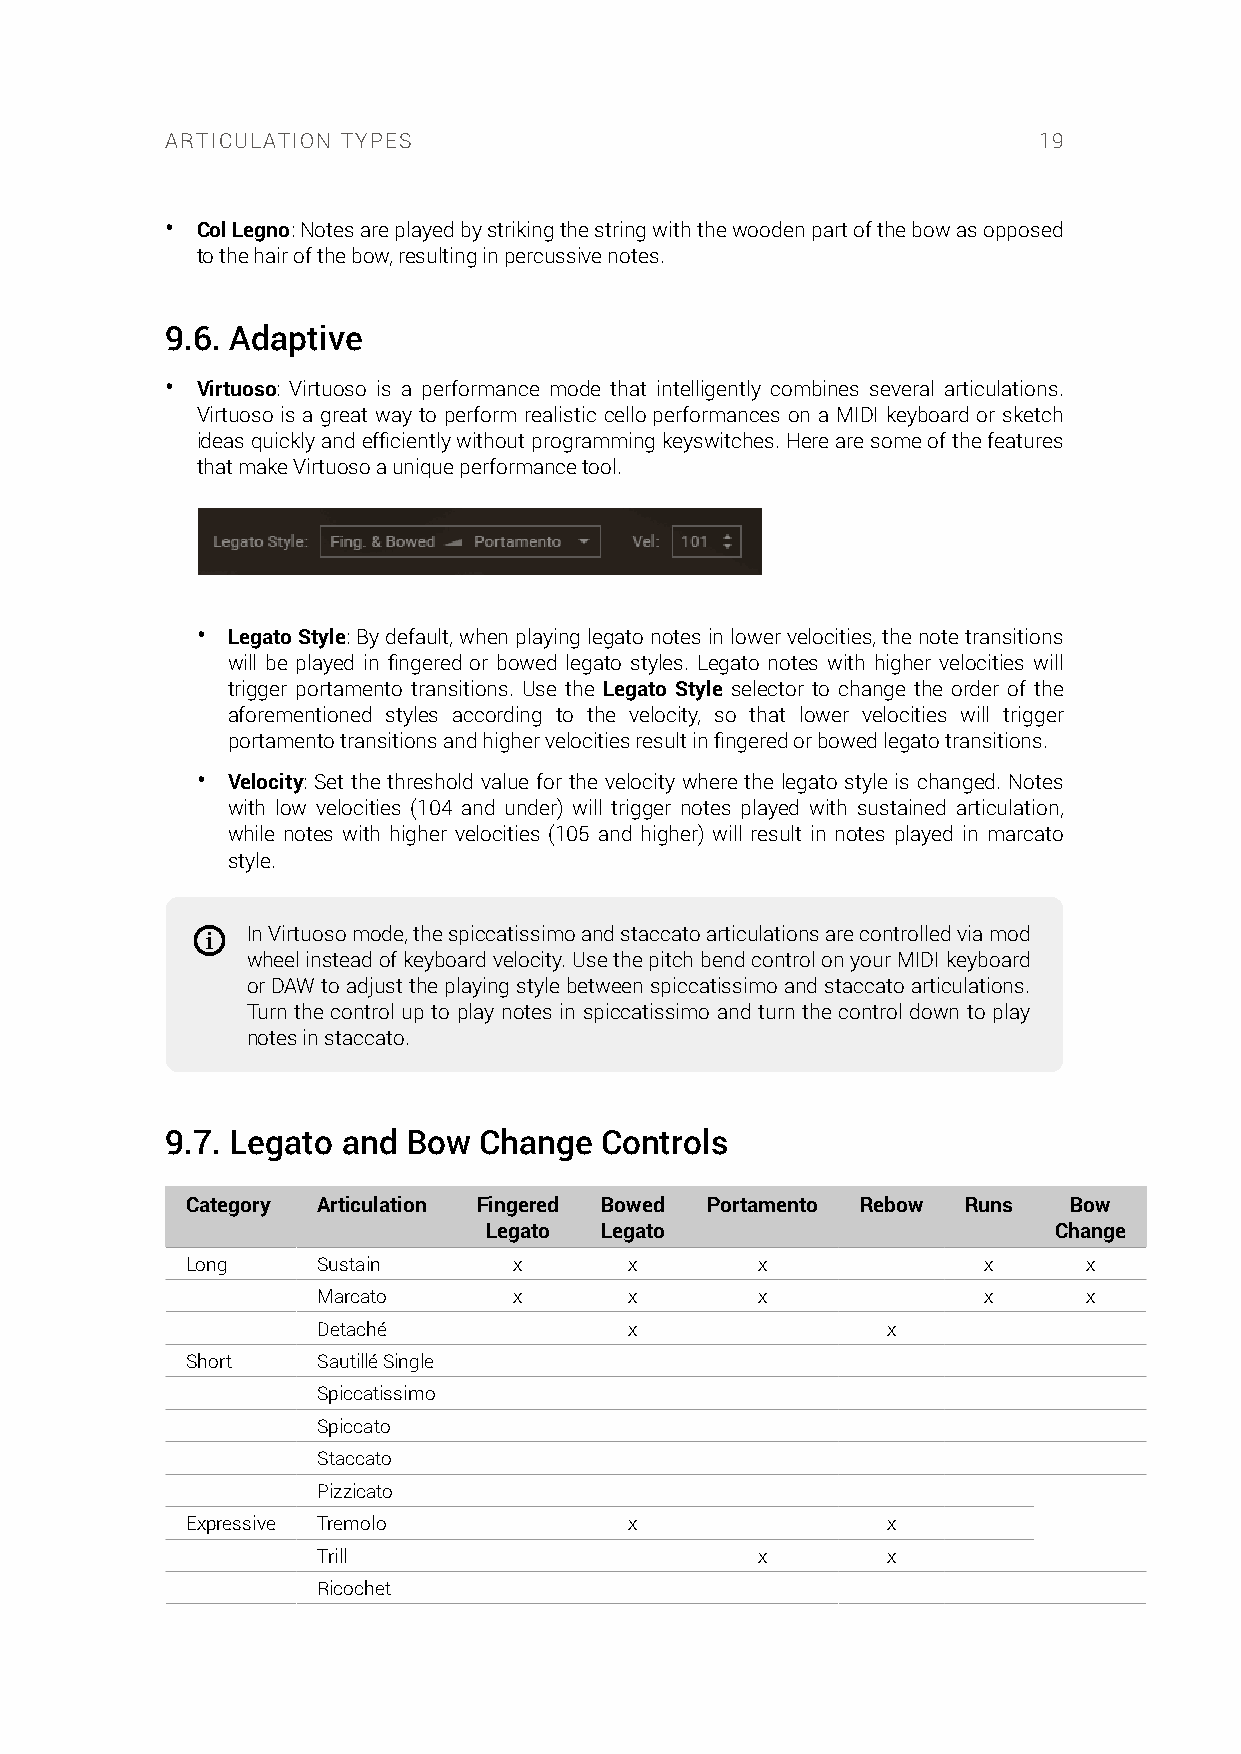
ARTICULATION TYPES                                        19
 • Col Legno: Notes are played by striking the string with the wooden part of the bow as opposed
 to the hair of the bow, resulting in percussive notes.
 9.6. Adaptive
 • Virtuoso: Virtuoso is a performance mode that intelligently combines several articulations.
 Virtuoso is a great way to perform realistic cello performances on a MIDI keyboard or sketch
 ideas quickly and efficiently without programming keyswitches. Here are some of the features
 that make Virtuoso a unique performance tool.
 • Legato Style: By default, when playing legato notes in lower velocities, the note transitions
 will be played in fingered or bowed legato styles. Legato notes with higher velocities will
 trigger portamento transitions. Use the Legato Style selector to change the order of the
 aforementioned styles according to the velocity, so that lower velocities will trigger
 portamento transitions and higher velocities result in fingered or bowed legato transitions.
 • Velocity: Set the threshold value for the velocity where the legato style is changed. Notes
 with low velocities (104 and under) will trigger notes played with sustained articulation,
 while notes with higher velocities (105 and higher) will result in notes played in marcato
 style.
 In Virtuoso mode, the spiccatissimo and staccato articulations are controlled via mod
 wheel instead of keyboard velocity. Use the pitch bend control on your MIDI keyboard
 or DAW to adjust the playing style between spiccatissimo and staccato articulations.
 Turn the control up to play notes in spiccatissimo and turn the control down to play
 notes in staccato.
 9.7. Legato and Bow  Change  Controls
 Category Articulation Fingered Bowed Portamento Rebow Runs Bow
 Legato  Legato                        Change
 Long     Sustain      x       x       x              x      x
 Marcato      x       x       x              x      x
 Detaché              x                x
 Short    Sautillé Single
 Spiccatissimo
 Spiccato
 Staccato
 Pizzicato
 Expressive Tremolo            x                x
 Trill                        x        x
 Ricochet